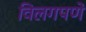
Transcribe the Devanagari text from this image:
विलगपणे